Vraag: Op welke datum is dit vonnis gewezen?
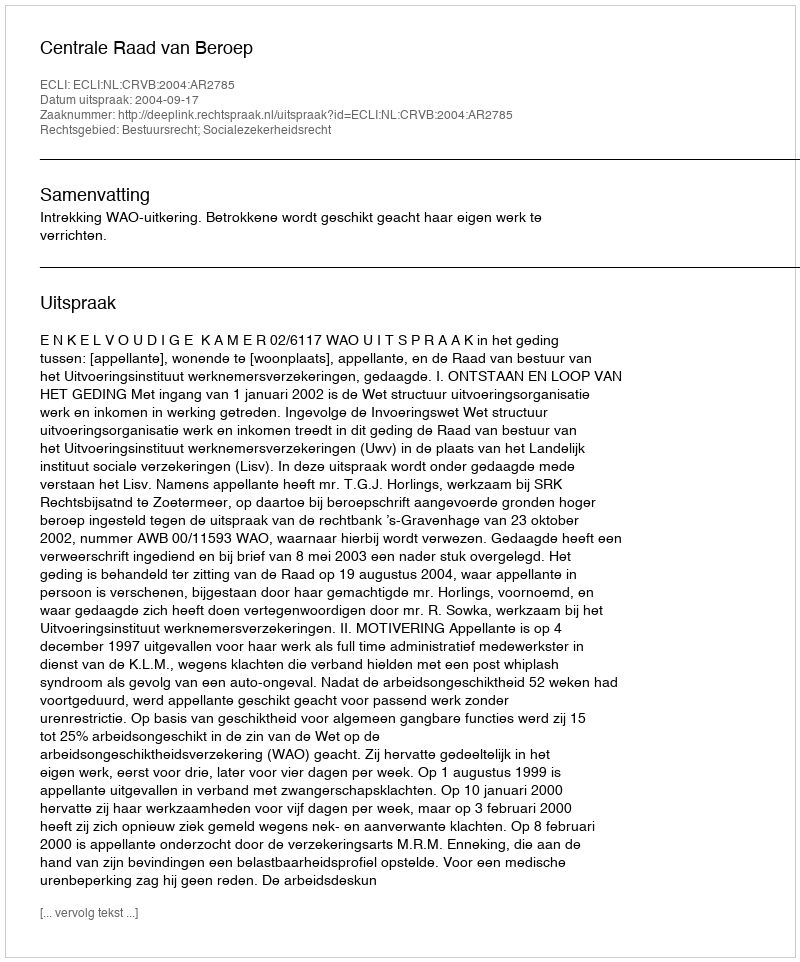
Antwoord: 2004-09-17